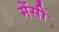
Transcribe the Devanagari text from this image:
मेंसी